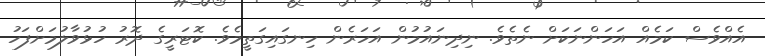
އެއްވެސް ކަމެއް އަހަންނަކަށް ނެތެވެ. ނިދިނައުމުން އަހަރެން ހިނގައިގަތީމެވެ. ކޮޓަރީގެ ދޮރު ހުޅުވާލުމަށްފަހު